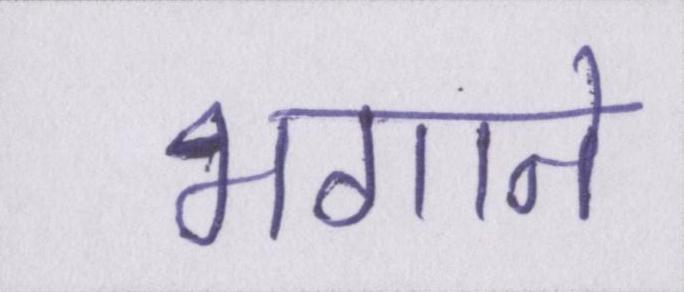
भगाने